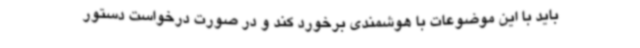
باید با این موضوعات با هوشمندی برخورد کند و در صورت درخواست دستور